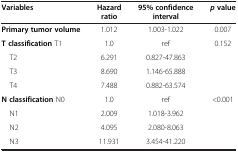
<table><thead><tr><td><b>Variables</b></td><td><b>Hazard ratio</b></td><td><b>95% confidence interval</b></td><td><b><i>p </i>value</b></td></tr></thead><tbody><tr><td><b>Primary tumor volume</b></td><td>1.012</td><td>1.003-1.022</td><td>0.007</td></tr><tr><td><b>T classification</b> T1</td><td>1.0</td><td>ref</td><td>0.152</td></tr><tr><td> T2</td><td>6.291</td><td>0.827-47.863</td><td> </td></tr><tr><td> T3</td><td>8.690</td><td>1.146-65.888</td><td> </td></tr><tr><td> T4</td><td>7.488</td><td>0.882-63.574</td><td> </td></tr><tr><td><b>N classification</b> N0</td><td>1.0</td><td>ref</td><td>&lt;0.001</td></tr><tr><td> N1</td><td>2.009</td><td>1.018-3.962</td><td> </td></tr><tr><td> N2</td><td>4.095</td><td>2.080-8.063</td><td> </td></tr><tr><td> N3</td><td>11.931</td><td>3.454-41.220</td><td> </td></tr></tbody></table>